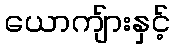
ယောကျ်ားနှင့်